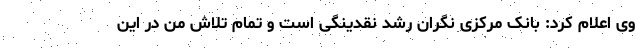
وی اعلام کرد: بانک مرکزی نگران رشد نقدینگی است و تمام تلاش من در این